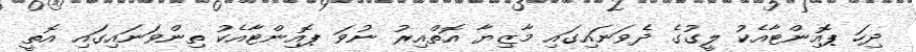
ދިހަ ޕޮއިންޓާއެކު ލީގުގެ ދެވަނައިގައި މާޒިޔާ އޮތްއިރު ނުވަ ޕޮއިންޓާއެކު ތިންވަނައިގައި އޮތީ